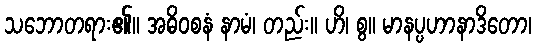
သဘောတရား၏။ အဓိဝစနံ နာမံ၊ တည်း။ ဟိ၊ စွ။ မာနပ္ပဟာနာဒိတော၊